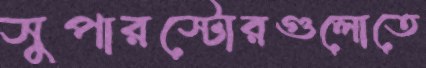
সুপারস্টোরগুলোতে